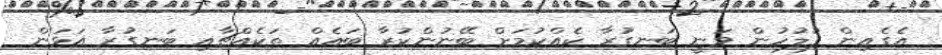
އެގެއިން ފުލުހުން ވަނީ ބަނގުރާ ކެއްކުމަށް ބޭނުންކުރާ ބައެއް ތަކެއްޗާއި ބަނގުރާ އަޅަން